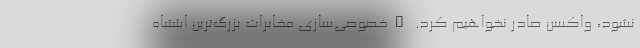
نشود، واکسن صادر نخواهیم کرد. "خصوصی‌سازی مخابرات بزرگ‌ترین اشتباه